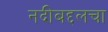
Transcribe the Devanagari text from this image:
नदीबद्दलचा